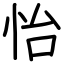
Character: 怡